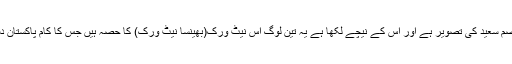
اس پیج پر ایک پوسٹ شائع کی گئی ہے جس پر سلمان حیدر، وقاص گورائیہ اور عاصم سعید کی تصویر ہے اور اس کے نیچے لکھا ہے یہ تین لوگ اس نیٹ ورک(بھینسا نیٹ ورک) کا حصہ ہیں جس کا کام پاکستان دشمن قوتوں سے ڈالر پکڑ کر اسلام اور پاکستان کی نظریاتی اساس کو نشانہ بنانا ہے۔